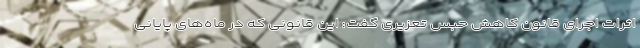
اثرات اجرای قانون کاهش حبس تعزیری گفت: این قانونی که در ماه‌های پایانی